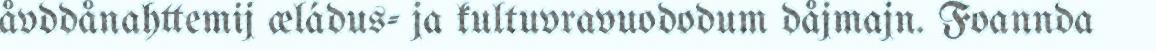
åvddånahttemij æládus- ja kultuvravuododum dåjmajn. Foannda